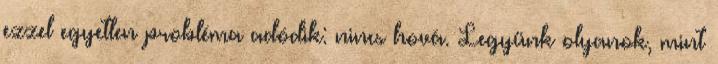
ezzel egyetlen probléma adódik: nincs hová. Legyünk olyanok, mint